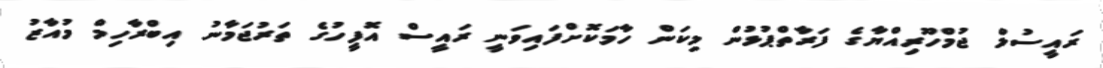
ރައީސުލް ޖުމްހޫރިއްޔާގެ ފަރާތްޕުޅުން މިކަން ހާމަކޮށްފައިވަނީ ރައީސް އޮފީހުގެ ތަރުޖަމާނު އިބްރާހިމް މުއާޒު